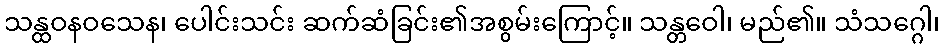
သန္ထဝနဝသေန၊ ပေါင်းသင်း ဆက်ဆံခြင်း၏အစွမ်းကြောင့်။ သန္တဝေါ၊ မည်၏။ သံသဂ္ဂေါ၊